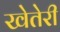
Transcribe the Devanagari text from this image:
खेतेरी